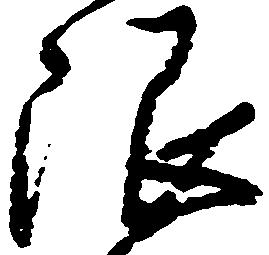
限